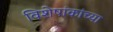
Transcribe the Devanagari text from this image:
विशेषांकांच्या